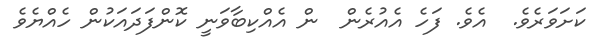
ކަށަވަރެވެ.  އެވެ. ފަހެ އެއުރެން  ން އެއްކިބާވަނީ ކޮންފަދައަކުން ހެއްޔެވެ